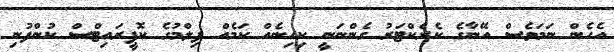
އެހެން ނަމަވެސް އޭނާގެ ކެރެކްޓަރު ގެންނަނީ ކިހިނެއް ކަމެއް ފިލްމުގެ ކޮޮޕީރައިޓްސް ކުންފުނި